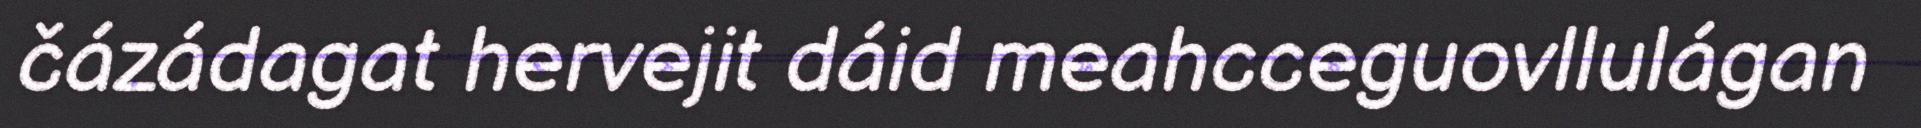
čázádagat hervejit dáid meahcceguovllulágan